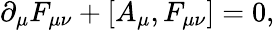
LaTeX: \partial_{\mu}F_{\mu\nu}+[A_{\mu},F_{\mu\nu}]=0,